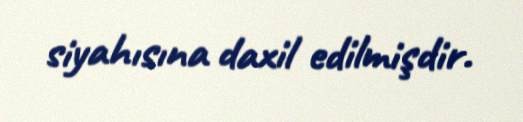
siyahısına daxil edilmişdir.